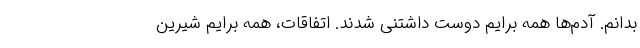
بدانم. آدم‌ها همه برایم دوست داشتنی شدند. اتفاقات، همه برایم شیرین